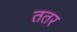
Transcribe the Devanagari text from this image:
ततर